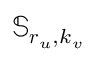
\mathbb { S } _ { \boldsymbol { r } _ { u } , k _ { v } }